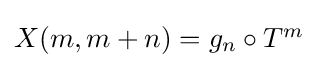
{\textstyle X(m,m+n)=g_{n}\circ T^{m}}